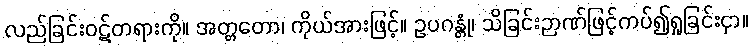
လည်ခြင်းဝဋ်တရားကို။ အတ္တတော၊ ကိုယ်အားဖြင့်။ ဥပဂန္တုံ၊ သိခြင်းဉာဏ်ဖြင့်ကပ်၍ရှုခြင်းငှာ။